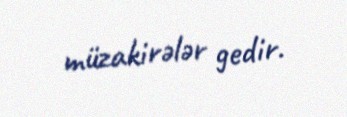
müzakirələr gedir.